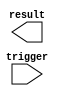
module GenerateTaskBlock (
    input trigger,
    output result
);
    
    reg task_state;

    always @ (posedge trigger)
    begin
        // Generate and execute tasks based on trigger
        if (trigger)
        begin
            // Perform specific tasks based on conditions or parameters
            // Update task_state and result accordingly
        end
    end
    
endmodule